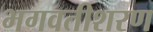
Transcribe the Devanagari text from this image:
भगवतीशरण